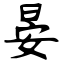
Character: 晏